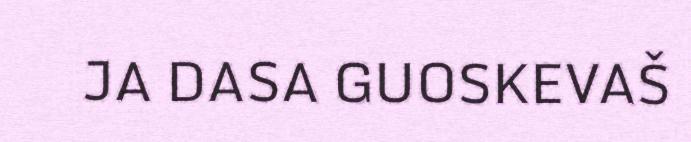
JA DASA GUOSKEVAŠ